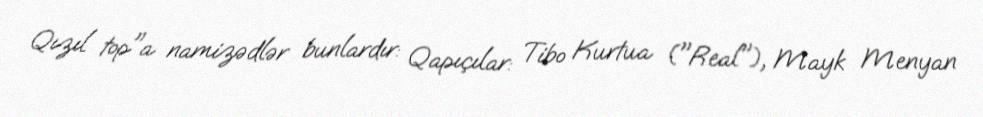
Qızıl top"a namizədlər bunlardır: Qapıçılar: Tibo Kurtua ("Real"), Mayk Menyan